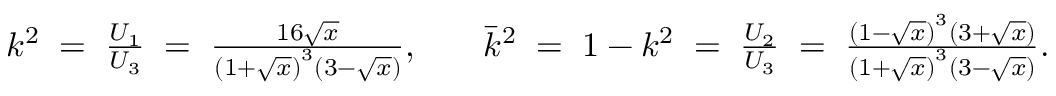
\begin{array} { r l r } { k ^ { 2 } \; = \; \frac { U _ { 1 } } { U _ { 3 } } \; = \; \frac { 1 6 \sqrt { x } } { \left( 1 + \sqrt { x } \right) ^ { 3 } \left( 3 - \sqrt { x } \right) } , } & { } & { \bar { k } ^ { 2 } \; = \; 1 - k ^ { 2 } \; = \; \frac { U _ { 2 } } { U _ { 3 } } \; = \; \frac { \left( 1 - \sqrt { x } \right) ^ { 3 } \left( 3 + \sqrt { x } \right) } { \left( 1 + \sqrt { x } \right) ^ { 3 } \left( 3 - \sqrt { x } \right) } . } \end{array}